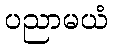
ပညာမယံ